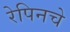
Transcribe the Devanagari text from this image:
रेपिनचे